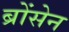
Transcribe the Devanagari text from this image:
ब्रोंसेन